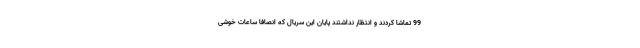
99 تماشا کردند و انتظار نداشتند پایان این سریال که انصافاً ساعات خوشی